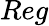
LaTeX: Reg